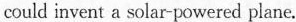
could invent a solar-powered plane.